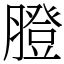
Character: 膯